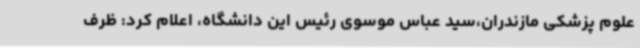
علوم پزشکی مازندران،سید عباس موسوی رئیس این دانشگاه، اعلام کرد: ظرف